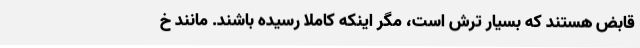
قابض هستند که بسیار ترش است، مگر اینکه کاملا رسیده باشند. مانند خ